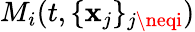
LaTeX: M_{i}(t,\{ \mathbf{x}_{j}\} _{j\neqi})